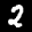
Label: 2